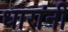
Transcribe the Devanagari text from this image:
धारांनी